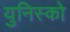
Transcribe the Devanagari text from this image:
युनिस्को